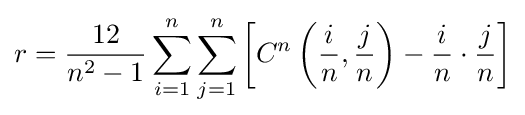
r={\frac {12}{n^{2}-1}}\sum _{i=1}^{n}\sum _{j=1}^{n}\left[C^{n}\left({\frac {i}{n}},{\frac {j}{n}}\right)-{\frac {i}{n}}\cdot {\frac {j}{n}}\right]